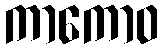
ကာကောဝ